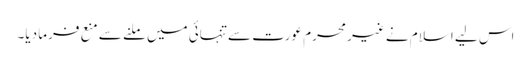
اس لیے اسلام نے غیر محرم عورت سے تنہائی میں ملنے سے منع فرما دیا۔